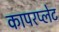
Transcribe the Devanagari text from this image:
कापरप्लेट